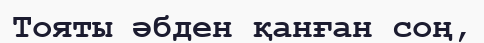
Тояты әбден қанған соң,